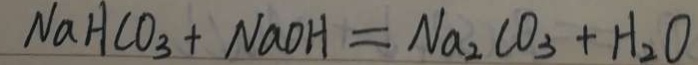
N a H C O _ { 3 } + N a O H = N a _ { 2 } C O _ { 3 } + H _ { 2 } O